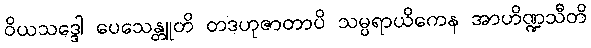
ဝိယသဒ္ဒေါ ပေသေန္တူတိ တဒဟုဇာတာပိ သမ္ပရာယိကေန အာဟိဏ္ဍသီတိ